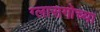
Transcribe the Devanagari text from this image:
ग्लासगोच्या